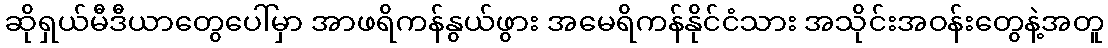
ဆိုရှယ်မီဒီယာတွေပေါ်မှာ အာဖရိကန်နွယ်ဖွား အမေရိကန်နိုင်ငံသား အသိုင်းအဝန်းတွေနဲ့အတူ